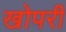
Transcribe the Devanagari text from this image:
खोपरी